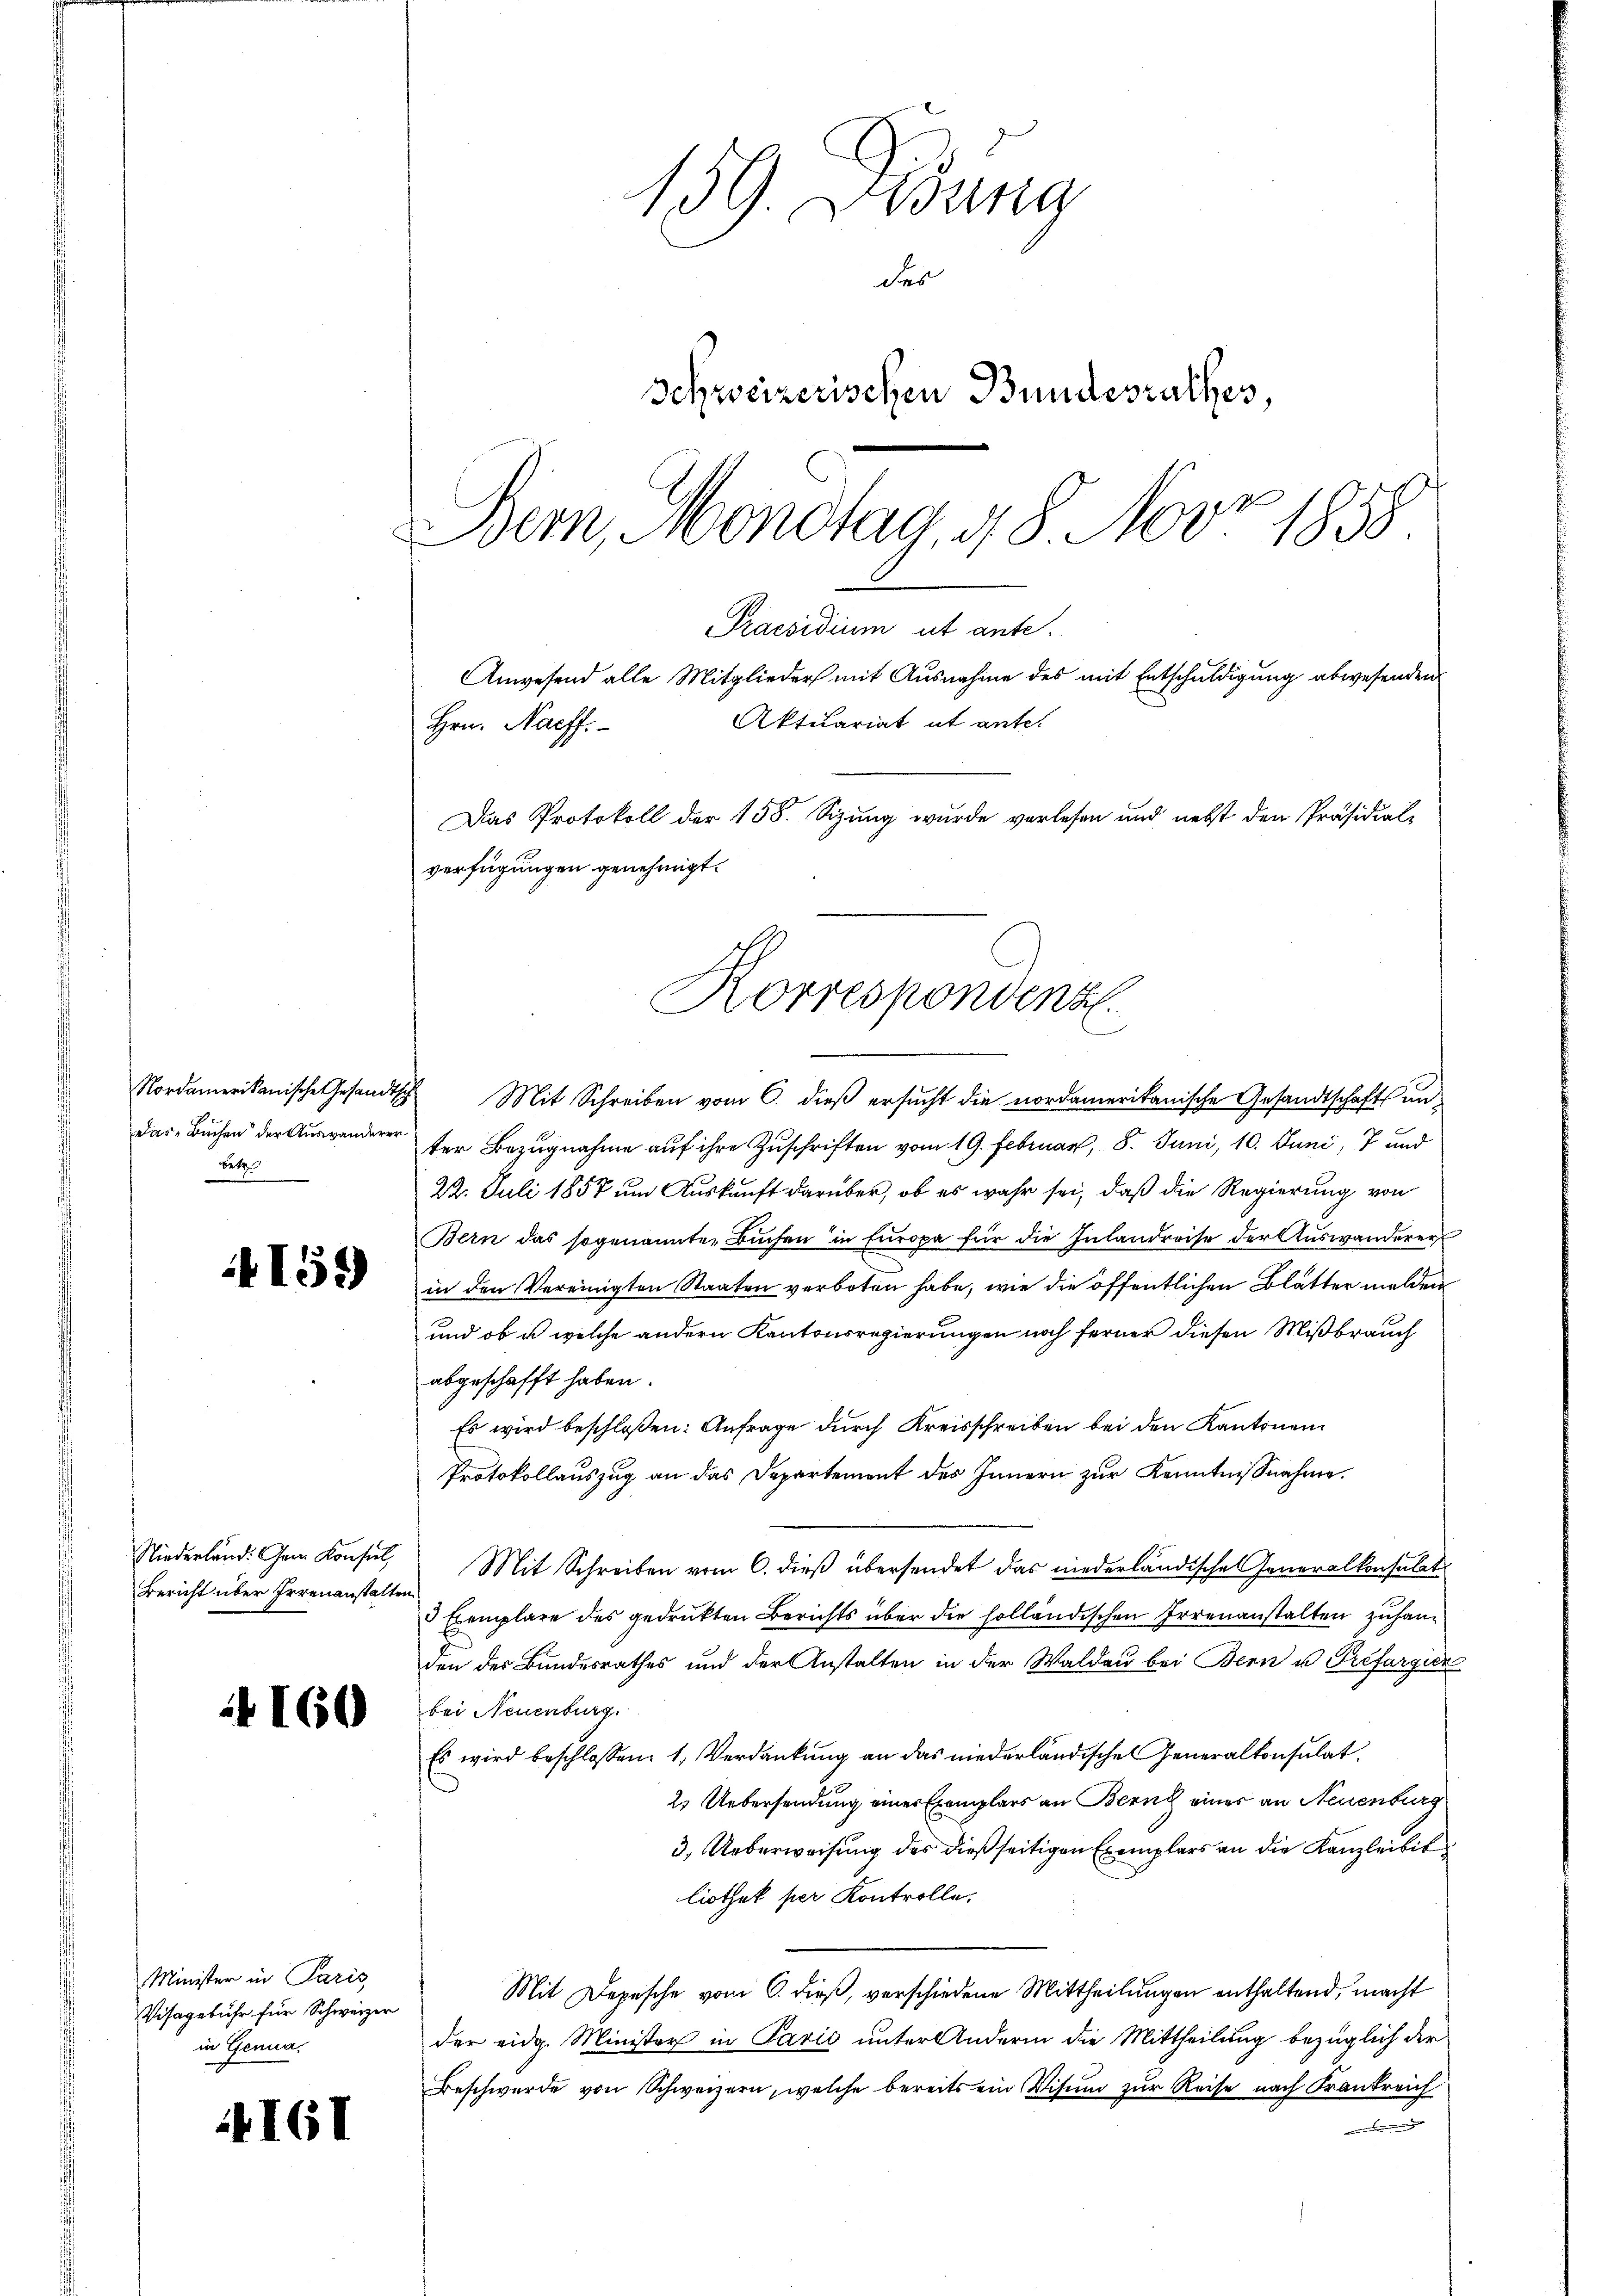
Nordamerikanische Gesandts
das Buchen der Auswanderer
betr

4159

Niederland. ein Konsul,
Bericht über Irrenanstalten

160

Minister in Paris
Visagebühr für Schweizer
in Genua,

I61

139. Uebung
des
Schweizerischen Bundesrathes
Bern, Mondtag. 48 Nov. 1858

Aktuariat et ante.
Hrn. Naeff.
Das Protokoll der 158. Sizung wurde verlesen und nebst den Präsidial-
verfügungen genehmigt.
Korrespondenz.

Praesidium ut ante.
Anwesend alle Mitglieder mit Ausnahme des mit Entschuldigung abwesenden

Mit Schreiben vom 6. dieß ersucht die nordamerikanische Gesandtschafts unter Bezugnahme auf ihre Zuschriften vom 19. Februar, 8. Juni, 10. Juni, 7 und
22. Juli 1858 um Auskunft darüber, ob es wahr sei, daß die Regierung von
Bern das sogenannten Bŭchen in Europa für die Inlandreise der Auswanderer
in den Vereinigten Staaten verboten habe, wie die öffentlichen Blätter melden
und ob u. welche andern Kantonsregierungen noch ferner diesen Mißbrauch
abgeschafft haben.
Es wird beschloßen: Anfrage durch Kreisschreiben bei den Kantonen
Protokollauszug an das Departement des Innern zur Kenntnißnahme.
Mit Schreiben vom 6. dieß übersendet das niederländische Generalkonsulat
3 Exemplare des gedrukten Berichts über die holländischen Irrenanstalten zuhanden des Bundesrathes und der Anstalten in der Walden bei Bern u Préfargier
bei Neuenburg.
Es wird beschlossen: 1. Verdankŭng an das niederländische Generalkonsulat
2. Uebersendung einer Exemplars an Bern einer an Neuenburg
3. Ueberweisung des dießseitigen Exemplars an die Kanzleibit
liothek per Kontrolle.
Mit Depesche vom 6. dieß, verschiedene Mittheilungen enthaltend, macht
der eidg. Minister in Parić unter Andern die Mittheilung bezüglich der
Beschwerde von Schweizern, welche bereits ein Visum zur Reise nach Krankreich
d